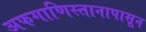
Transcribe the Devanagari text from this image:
अफगाणिस्तानापासून